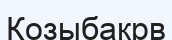
Қозыбақрв